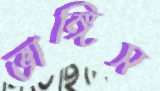
ভাঙ্গিস